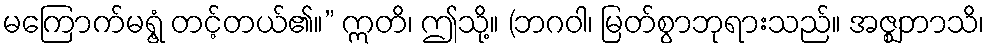
မကြောက်မရွံ့ တင့်တယ်၏။” ဣတိ၊ ဤသို့။ (ဘဂဝါ၊ မြတ်စွာဘုရားသည်။ အဇ္ဈဘာသိ၊